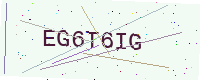
Text: EG6T6IG